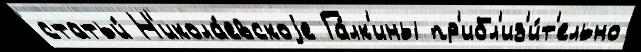
статьи́ Н'икола́евскоjе Га́лк'ины пр'ибл'из'и́т'ельно